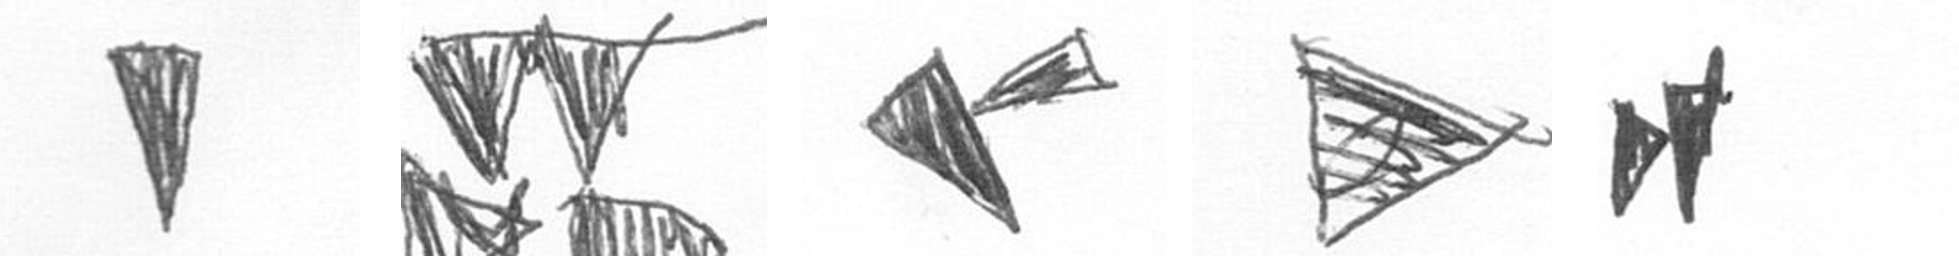
J B F T M